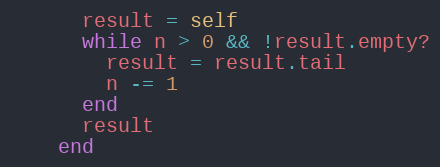
Language: Ruby
      result = self
      while n > 0 && !result.empty?
        result = result.tail
        n -= 1
      end
      result
    end